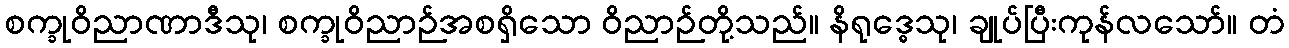
စက္ခုဝိညာဏာဒီသု၊ စက္ခုဝိညာဉ်အစရှိသော ဝိညာဉ်တို့သည်။ နိရုဒ္ဓေသု၊ ချုပ်ပြီးကုန်လသော်။ တံ